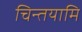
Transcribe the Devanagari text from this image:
चिन्तयामि